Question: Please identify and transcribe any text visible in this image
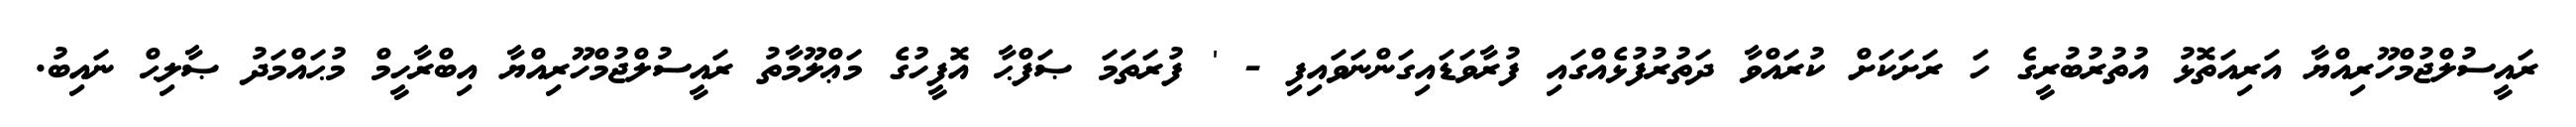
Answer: ރައީސުލްޖުމްހޫރިއްޔާ އަރިއަތޮޅު އުތުރުބުރީގެ ހަ ރަށަކަށް ކުރައްވާ ދަތުރުފުޅެއްގައި ފުރާވަޑައިގަންނަވައިފި - ' ފުރަތަމަ ޞަފްޙާ އޮފީހުގެ މަޢްލޫމާތު ރައީސުލްޖުމްހޫރިއްޔާ އިބްރާހީމް މުޙައްމަދު ޞާލިޙް ނައިބު.